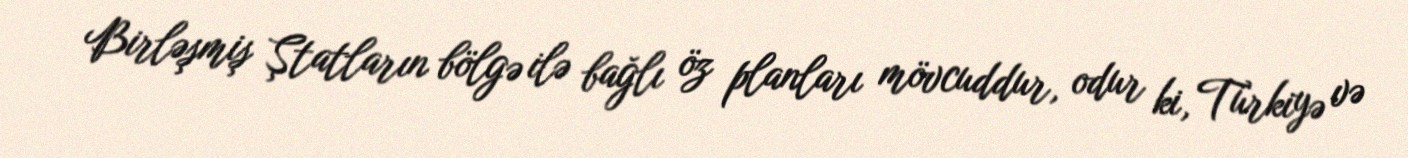
Birləşmiş Ştatların bölgə ilə bağlı öz planları mövcuddur, odur ki, Türkiyə və